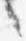
々